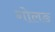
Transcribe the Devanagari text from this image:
गोलङ